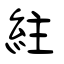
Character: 紸